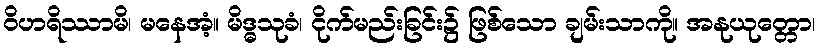
ဝိဟရိဿာမိ၊ မနေအံ့။ မိဒ္ဓသုခံ၊ ငိုက်မည်းခြင်း၌ ဖြစ်သော ချမ်းသာကို။ အနုယုတ္တော၊